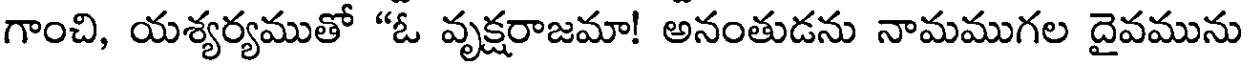
గాంచి, యశ్యర్యముతో "ఓ వృక్షరాజమా! అనంతుడను నామముగల దైవమును